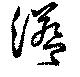
溢